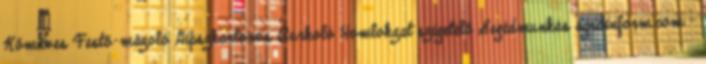
Kőműves Festő-mázoló Gipszkartonos Burkoló Homlokzat szigetelő Segédmunkás agroinform.com -